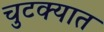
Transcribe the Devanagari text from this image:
चुटक्यात